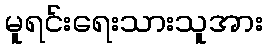
မူရင်းရေးသားသူအား